Vaccination in Burma 1920-1933 - 1920-1933
Year: 1920
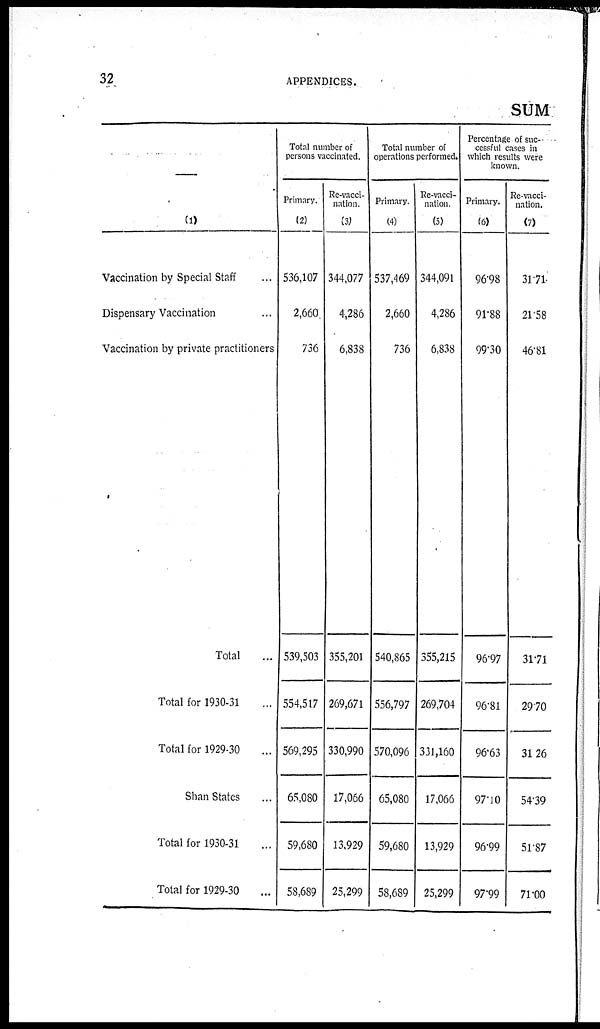
32
APPENDICES.
SUM
—
(1)
Vaccination by Special Staff ...
Dispensary Vaccination ...
Vaccination by private practitioners
Total ...
Total for 1930-31 ...
Total for 1929-30 ...
Shan States ...
Total for 1930-31 ...
Total for 1929-30 ...
Total number of
persons vaccinated.
Primary.
(2)
536,107
2,660
736
539,503
554,517
569,295
65,080
59,680
58,689
Re-vacci-
nation.
(3)
344,077
4,286
6,838
355,201
269,671
330,990
17,066
13,929
25,299
Total number of
operations performed.
Primary.
(4)
537,469
2,660
736
540,865
556,797
570,096
65,080
59,680
58,689
Re-vacci-
nation.
(5)
344,091
4,286
6,838
355,215
269,704
331,160
17,066
13,929
25,299
Percentage of suc-
cessful cases in
which results were
known.
Primary.
(6)
96.98
91.88
99.30
96.97
96.81
96.63
97.10
96.99
97.99
Re-vacci-
nation.
(7)
31.71
21.58
46.81
31.71
29.70
31.26
54.39
51.87
71.00